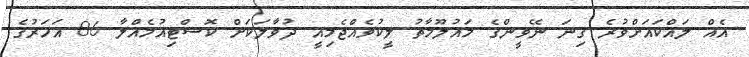
އެއް ލައްކައަށްވުރެ ގިނަ ނޭވީންގެ މައުލޫމާތު ލީކުވެއްޖެމިއީ ދުވާލަކަށް ކޮސްޓިއުމެއްލާ 86 އަހަރުގެ